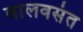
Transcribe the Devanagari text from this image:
बालवसंत